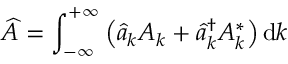
\widehat { A } = \int _ { - \infty } ^ { + \infty } \left( \widehat { a } _ { k } A _ { k } + \widehat { a } _ { k } ^ { \dagger } A _ { k } ^ { * } \right) \mathrm { d } k